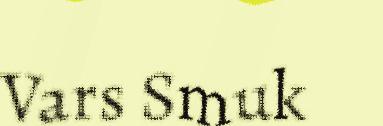
Vars Smuk